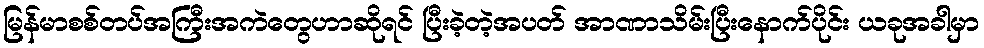
မြန်မာစစ်တပ်အကြီးအကဲတွေဟာဆိုရင် ပြီးခဲ့တဲ့အပတ် အာဏာသိမ်းပြီးနောက်ပိုင်း ယခုအခါမှာ